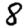
Digit: 8